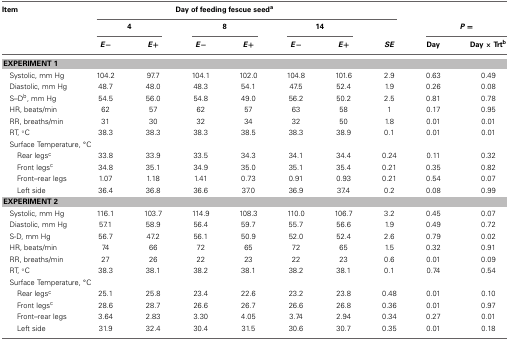
<table><thead><tr><td><b>Item</b></td><td colspan="6"><b>Day of feeding fescue seed<sup>a</sup></b></td><td></td><td></td><td></td></tr><tr><td></td><td colspan="2"><b>4</b></td><td colspan="2"><b>8</b></td><td colspan="2"><b>14</b></td><td></td><td colspan="2"><b><i>P</i> =</b></td></tr><tr><td></td><td><b><i>E</i>−</b></td><td><b><i>E</i>+</b></td><td><b><i>E</i>−</b></td><td><b><i>E</i>+</b></td><td><b><i>E</i>−</b></td><td><b><i>E</i>+</b></td><td><b><i>SE</i></b></td><td><b>Day</b></td><td><b>Day × Trt<sup>b</sup></b></td></tr></thead><tbody><tr><td colspan="10"><b>EXPERIMENT 1</b></td></tr><tr><td>Systolic, mm Hg</td><td>104.2</td><td>97.7</td><td>104.1</td><td>102.0</td><td>104.8</td><td>101.6</td><td>2.9</td><td>0.63</td><td>0.49</td></tr><tr><td>Diastolic, mm Hg</td><td>48.7</td><td>48.0</td><td>48.3</td><td>54.1</td><td>47.5</td><td>52.4</td><td>1.9</td><td>0.26</td><td>0.08</td></tr><tr><td>S–D<sup>b</sup>, mm Hg</td><td>54.5</td><td>56.0</td><td>54.8</td><td>49.0</td><td>56.2</td><td>50.2</td><td>2.5</td><td>0.81</td><td>0.78</td></tr><tr><td>HR, beats/min</td><td>62</td><td>57</td><td>62</td><td>57</td><td>63</td><td>58</td><td>1</td><td>0.17</td><td>0.95</td></tr><tr><td>RR, breaths/min</td><td>31</td><td>30</td><td>32</td><td>34</td><td>32</td><td>50</td><td>1.8</td><td>0.01</td><td>0.01</td></tr><tr><td>RT, °C</td><td>38.3</td><td>38.3</td><td>38.3</td><td>38.5</td><td>38.3</td><td>38.9</td><td>0.1</td><td>0.01</td><td>0.01</td></tr><tr><td colspan="10">Surface Temperature, °C</td></tr><tr><td>Rear legs<sup>c</sup></td><td>33.8</td><td>33.9</td><td>33.5</td><td>34.3</td><td>34.1</td><td>34.4</td><td>0.24</td><td>0.11</td><td>0.32</td></tr><tr><td>Front legs<sup>c</sup></td><td>34.8</td><td>35.1</td><td>34.9</td><td>35.0</td><td>35.1</td><td>35.4</td><td>0.21</td><td>0.35</td><td>0.82</td></tr><tr><td>Front–rear legs</td><td>1.07</td><td>1.18</td><td>1.41</td><td>0.73</td><td>0.91</td><td>0.93</td><td>0.21</td><td>0.54</td><td>0.07</td></tr><tr><td>Left side</td><td>36.4</td><td>36.8</td><td>36.6</td><td>37.0</td><td>36.9</td><td>37.4</td><td>0.2</td><td>0.08</td><td>0.99</td></tr><tr><td colspan="10"><b>EXPERIMENT 2</b></td></tr><tr><td>Systolic, mm Hg</td><td>116.1</td><td>103.7</td><td>114.9</td><td>108.3</td><td>110.0</td><td>106.7</td><td>3.2</td><td>0.45</td><td>0.07</td></tr><tr><td>Diastolic, mm Hg</td><td>57.1</td><td>58.9</td><td>56.4</td><td>59.7</td><td>55.7</td><td>56.6</td><td>1.9</td><td>0.49</td><td>0.72</td></tr><tr><td>S-D, mm Hg</td><td>56.7</td><td>47.2</td><td>56.1</td><td>50.9</td><td>52.0</td><td>52.4</td><td>2.6</td><td>0.79</td><td>0.02</td></tr><tr><td>HR, beats/min</td><td>74</td><td>66</td><td>72</td><td>65</td><td>72</td><td>65</td><td>1.5</td><td>0.32</td><td>0.91</td></tr><tr><td>RR, breaths/min</td><td>27</td><td>26</td><td>22</td><td>23</td><td>22</td><td>23</td><td>0.6</td><td>0.01</td><td>0.09</td></tr><tr><td>RT, °C</td><td>38.3</td><td>38.1</td><td>38.2</td><td>38.1</td><td>38.2</td><td>38.1</td><td>0.1</td><td>0.74</td><td>0.54</td></tr><tr><td colspan="10">Surface Temperature, °C</td></tr><tr><td>Rear legs<sup>c</sup></td><td>25.1</td><td>25.8</td><td>23.4</td><td>22.6</td><td>23.2</td><td>23.8</td><td>0.48</td><td>0.01</td><td>0.10</td></tr><tr><td>Front legs<sup>c</sup></td><td>28.6</td><td>28.7</td><td>26.6</td><td>26.7</td><td>26.6</td><td>26.8</td><td>0.36</td><td>0.01</td><td>0.97</td></tr><tr><td>Front–rear legs</td><td>3.64</td><td>2.83</td><td>3.30</td><td>4.05</td><td>3.74</td><td>2.94</td><td>0.34</td><td>0.27</td><td>0.01</td></tr><tr><td>Left side</td><td>31.9</td><td>32.4</td><td>30.4</td><td>31.5</td><td>30.6</td><td>30.7</td><td>0.35</td><td>0.01</td><td>0.18</td></tr></tbody></table>